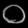
Digit: ၀